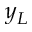
y _ { L }